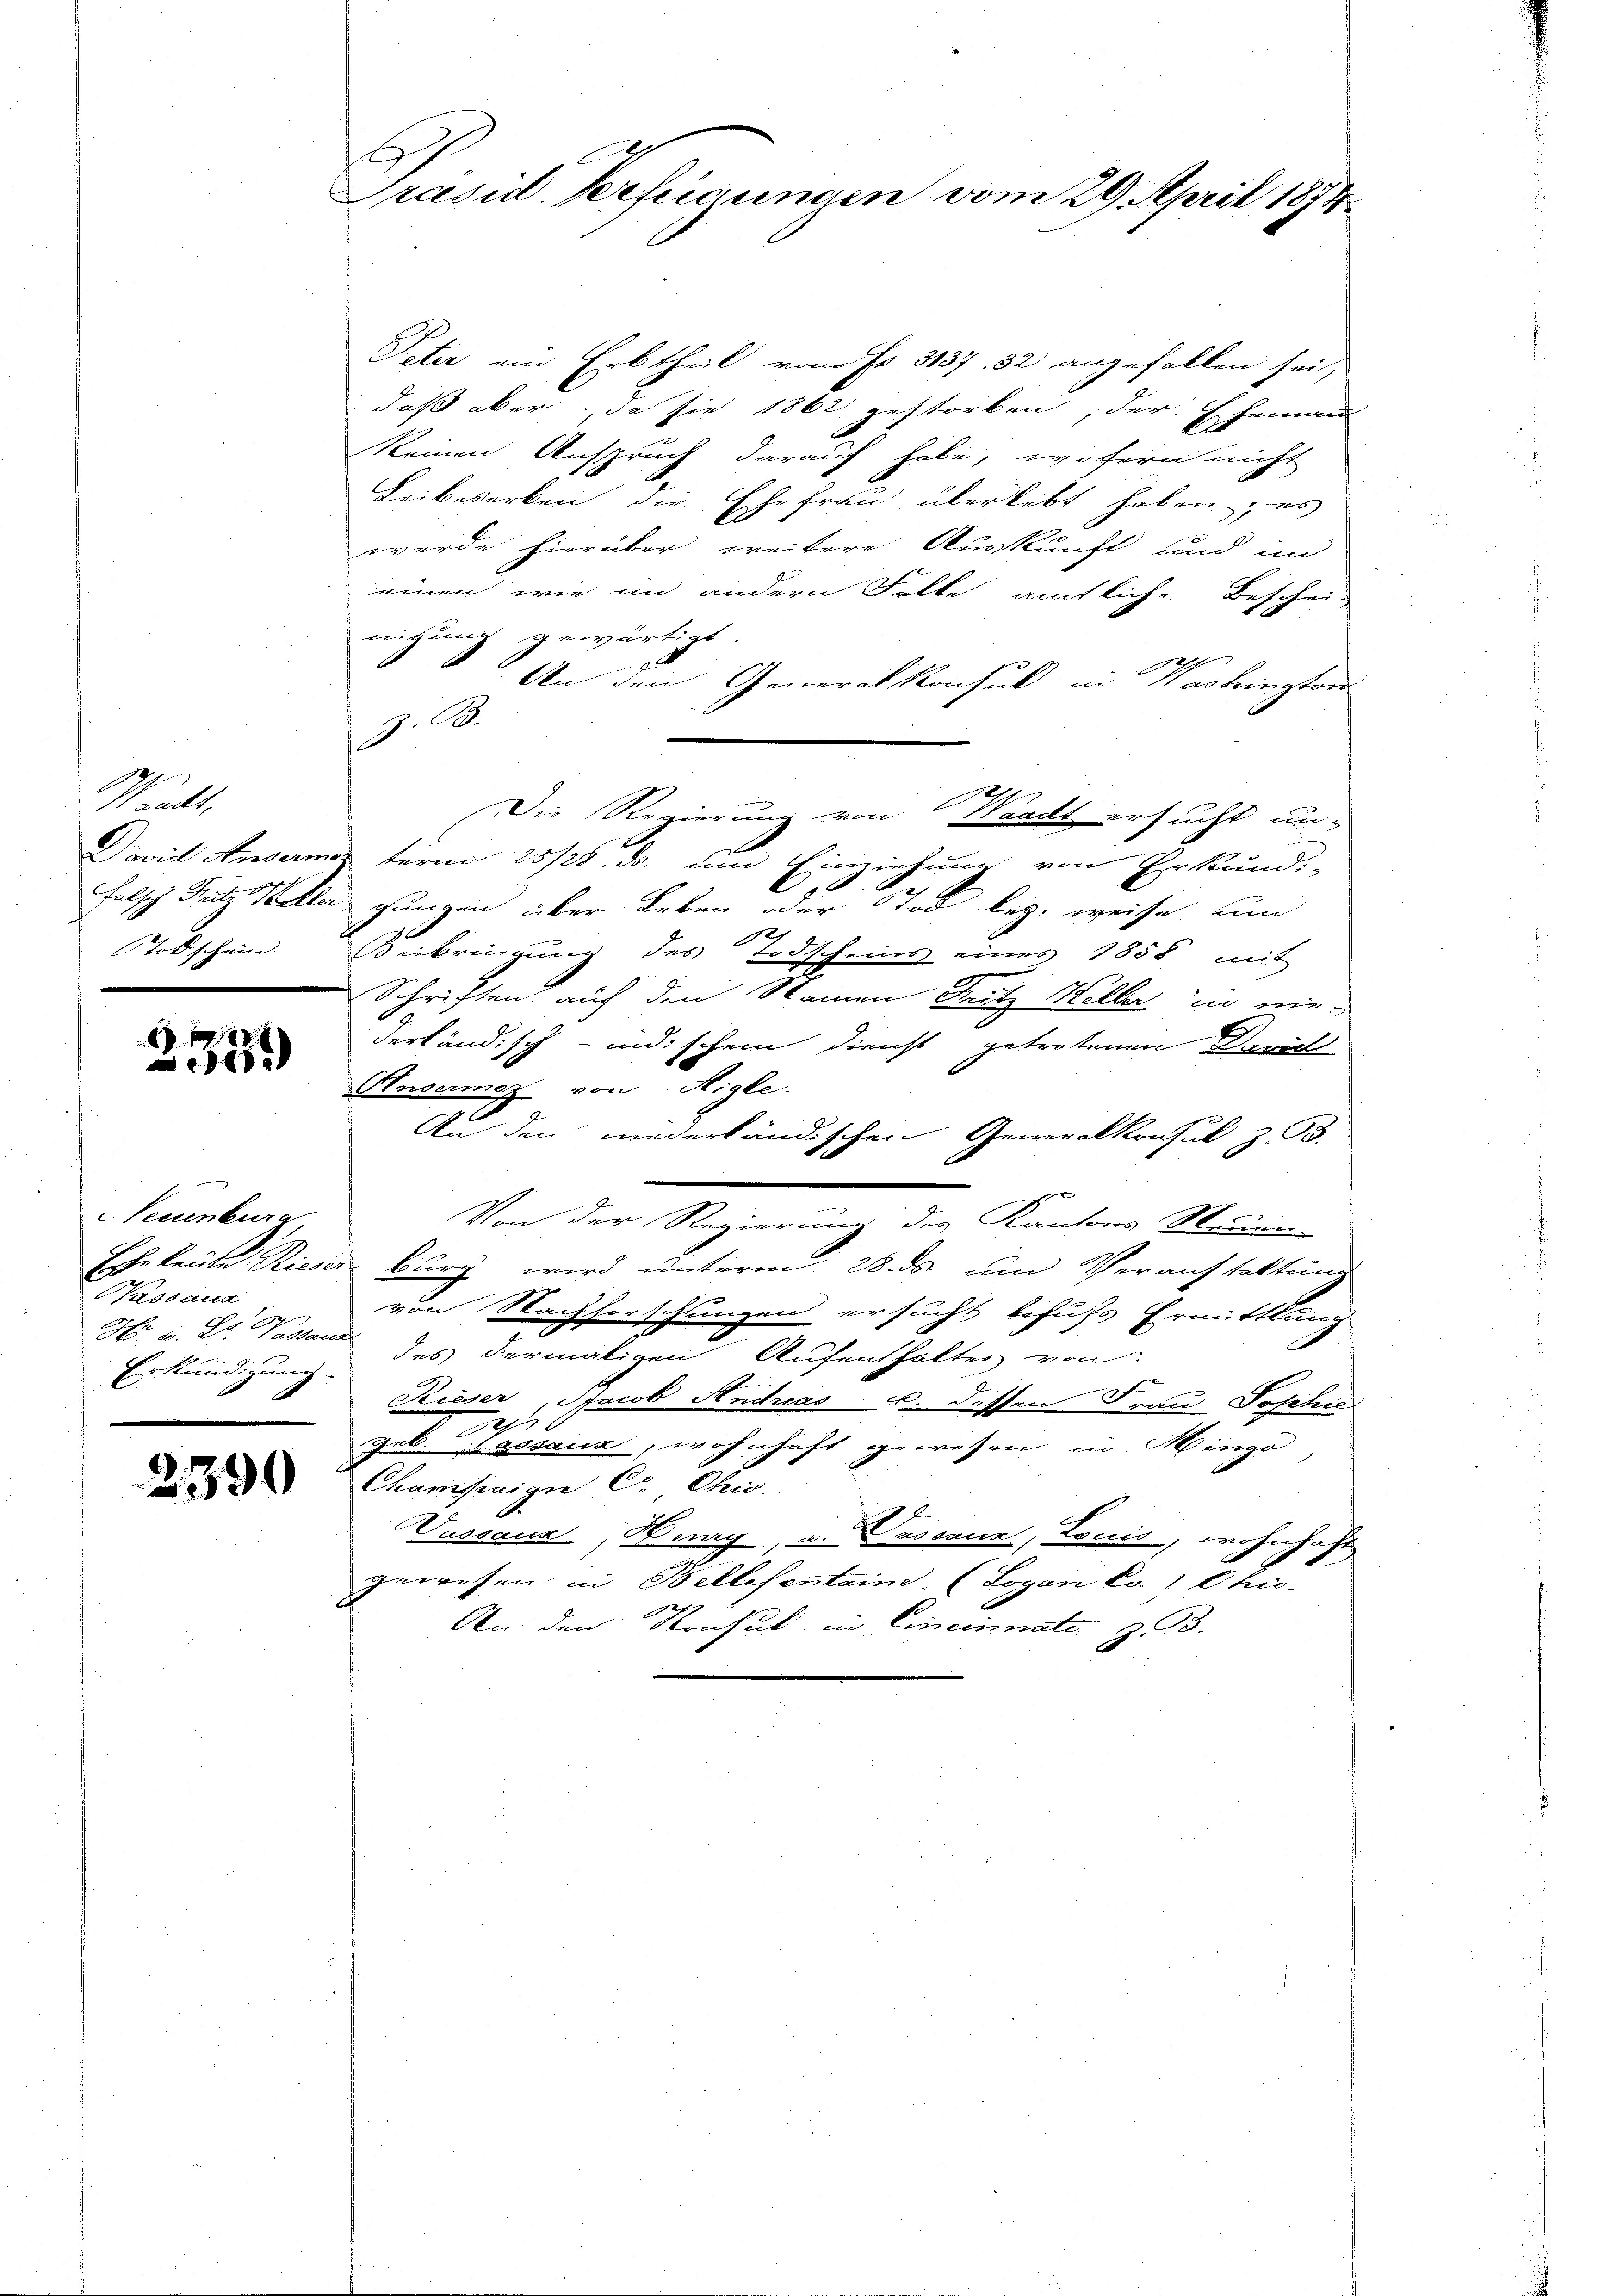
Mault,

21)

Neuenburg
Nassaua
Erkundigung.

e

Präsid. Verfügungen vom 29. April 1874.

Peter ein Erbtheil von Fr. 3137, 32 angefallen sei,
daß aber, da sie 1862 gestorben, der Ehemann
keinen Anspruch darauf habe, wofern nicht
Leibeserken die Ehefrau überlebt haben, es
werde hierüber weitere Auskunft und im
einen wie im andern Folle amtliche Beschei-
nitzung gewärtigt.
2
f
An den Generalkonsul in Washington
J. B.
d
Die Regierung von Waadt ersucht un-
David Anvermo term 25/28. ds. um Einziehung von Erkund-
falsch Fritz Keller gungen über Leben oder Tod bez. weise um
Todschein. Beibringung des Todscheins eines 1858 mit
Schriften auf den Namen Sitz Heller in mir.
derländisch - indischem Dienst getretenen Zürich
Unsermez von Aigle.
Au den niederländischen Generalkonsul z. B.
Von der Regierung des Kantons Stammen
Ehrkeite Rieser burg wird unterm 28. ds um Veranstaltung

von Nachforschlungen ersucht behufs Ermittlung
e
H. u. Dr. Passau des dermaligen Aufenthalter von
Rieser, Jacob Andreas u. dessen Frau Joschie
e
d
geb. Bossaria, wohnhaft gewesen in Mingo
Chamsen zu C. Chr.
Passaux, Burg, u. Passaur, Louis, wohnhaft
gewesen in Bellesentaine. (Logan Ed. " Chic-
An den Konsul in Cincinnate z. 3.

u